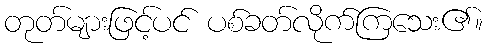
တုတ်များဖြင့်ပင် ပစ်ခတ်လိုက်ကြသေး၏။